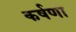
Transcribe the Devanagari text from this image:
कर्षणा